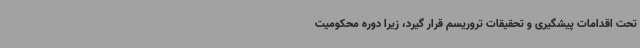
تحت اقدامات پیشگیری و تحقیقات تروریسم قرار گیرد، زیرا دوره محکومیت